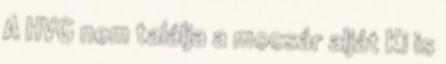
A HVG nem találja a mocsár alját Ki is